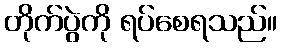
တိုက်ပွဲကို ရပ်စေရသည်။